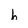
Character: b